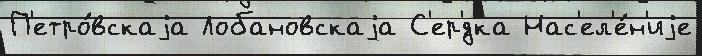
П'етро́вскаjа Лобановскаjа С'ер'́дка Нас'ел'е́н'иjе